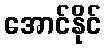
အောင်နိုင်